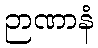
ဉာဏာနံ